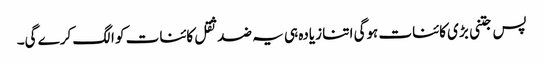
پس جتنی بڑی کائنات ہوگی اتنا زیادہ ہی یہ ضد ثقل کائنات کو الگ کرے گی۔